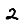
Digit: 2